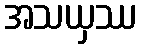
အသယှဿ